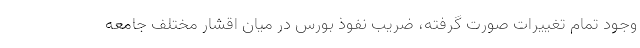
وجود تمام تغییرات صورت گرفته، ضریب نفوذ بورس در میان اقشار مختلف جامعه